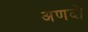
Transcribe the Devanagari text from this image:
अणदो